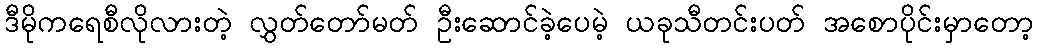
ဒီမိုကရေစီလိုလားတဲ့ လွှတ်တော်မတ် ဦးဆောင်ခဲ့ပေမဲ့ ယခုသီတင်းပတ် အစောပိုင်းမှာတော့